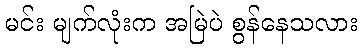
မင်း မျက်လုံးက အမြဲပဲ စွန်နေသလား